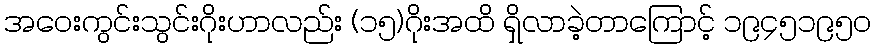
အဝေးကွင်းသွင်းဂိုးဟာလည်း (၁၅)ဂိုးအထိ ရှိလာခဲ့တာကြောင့် ၁၉၄၅၁၉၅၀